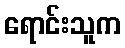
ရောင်းသူက